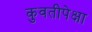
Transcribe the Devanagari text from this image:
कुवतीपेक्षा